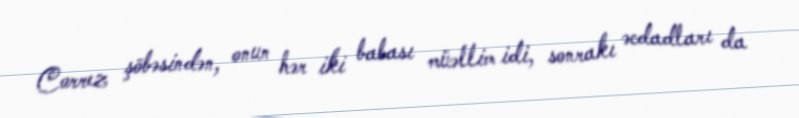
Correz şöbəsindən, onun hər iki babası müəllim idi, sonrakı əcdadları da